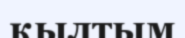
қылтым